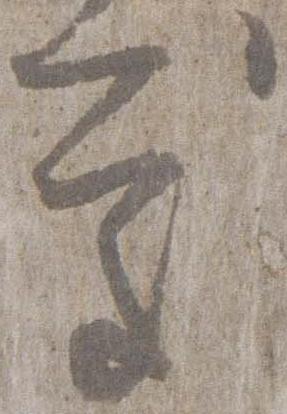
処